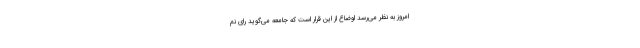
امروز به نظر می‌رسد اوضاع از این قرار است که جامعه می‌گوید رای نم